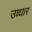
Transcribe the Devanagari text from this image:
उध्धार